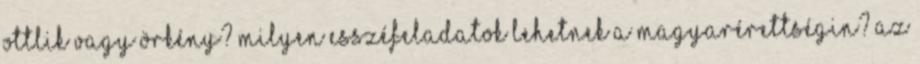
Ottlik vagy Örkény? Milyen esszéfeladatok lehetnek a magyarérettségin? Az